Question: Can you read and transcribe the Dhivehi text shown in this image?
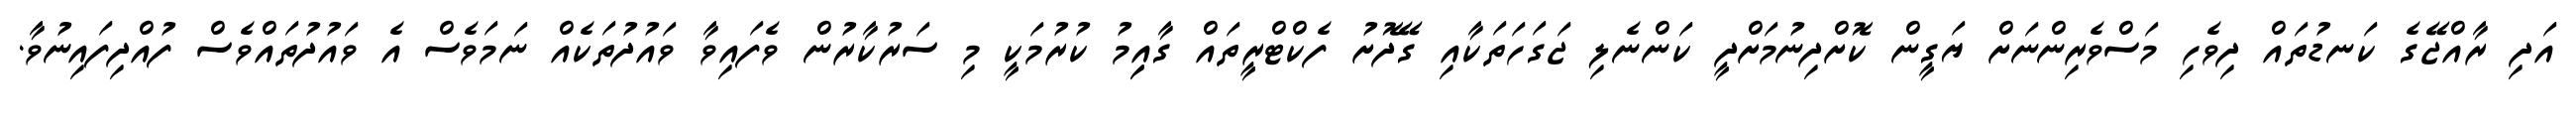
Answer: އަދި ރާއްޖޭގެ ކަނޑުތައް ދިވެހި މަސްވެރިންނަށް ޔަގީން ކޮށްދިނުމަށްދީ ކަންނެލި ޖަގަހަތަކާއި ގޭދޮށު ފެކްޓްރީތައް ގާއިިމު ކުރުމަކީ މި ސަރުކާރުން ވެފައިވާ ވައުދުތަކެއް ނަމަވެސް އެ ވައުދުތައްވެސް ފުއްދިފައިނުވާ.